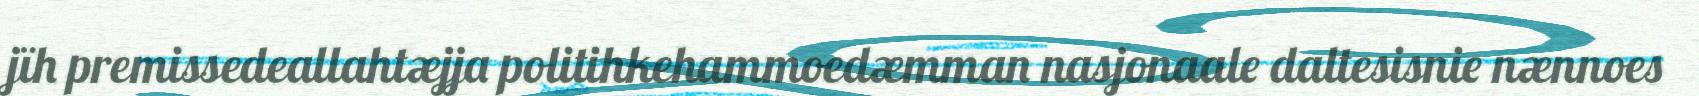
jïh premissedeallahtæjja politihkehammoedæmman nasjonaale daltesisnie nænnoes